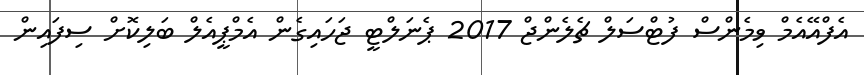
އެފްއޭއެމް ވިމެންސް ފުޓްސަލް ޗެލެންޖް 2017 ޕެނަލްޓީ ޖަހައިގެން އެމްޕީއެލް ބަލިކޮށް ސިފައިން